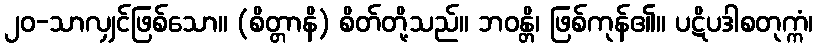
၂၀-သာလျှင်ဖြစ်သော။ (စိတ္တာနိ) စိတ်တို့သည်။ ဘဝန္တိ၊ ဖြစ်ကုန်၏။ ပဋိပဒါစတုက္ကံ၊